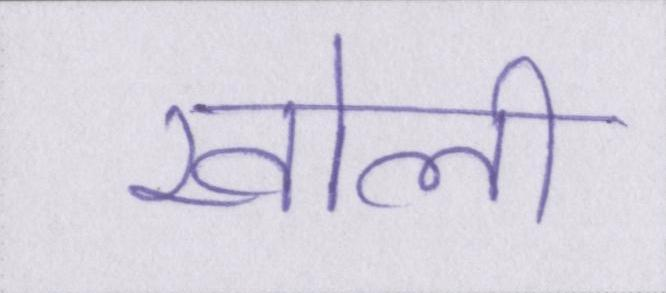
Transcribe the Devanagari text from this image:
खोली